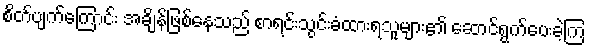
စိတ်ပျက်ကြောင်း အချိန်ဖြစ်နေသည် စာရင်းသွင်းခံထားရသူများ၏ ဆောင်ရွက်ပေးခဲ့ကြ